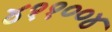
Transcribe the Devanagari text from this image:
४११००४